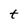
Character: t